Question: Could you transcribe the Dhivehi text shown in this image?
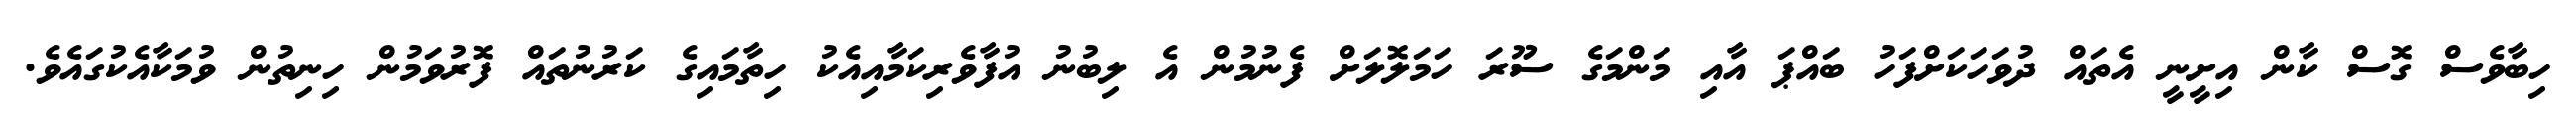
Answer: ހިބާވެސް ގޮސް ކާން އިށީނީ އެތައް ދުވަހަކަށްފަހު ބައްޕަ އާއި މަންމަގެ ސޫރަ ހަމަލޮލަށް ފެނުމުން އެ ލިބުނު އުފާވެރިކަމާއިއެކު ހިތާމައިގެ ކަރުނުތައް ފޮރުވަމުން ހިނިތުން ވުމަކާއެކުގައެވެ.